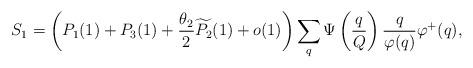
LaTeX: \begin{align*}S_1 = \left(P_1(1) + P_3(1) +\frac{\theta_2}{2}\widetilde{P_2}(1) + o(1) \right) \sum_{q} \Psi \left( \frac{q}{Q}\right) \frac{q}{\varphi(q)} \varphi^+(q),\end{align*}